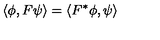
\left\langle \phi , F \psi \right\rangle = \left\langle F ^ { * } \phi , \psi \right\rangle